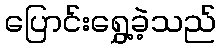
ပြောင်းရွှေ့ခဲ့သည်